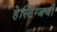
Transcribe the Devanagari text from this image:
हेस्टिंग्जची